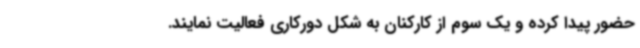
حضور پیدا کرده و یک سوم از کارکنان به شکل دورکاری فعالیت نمایند.